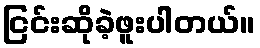
ငြင်းဆိုခဲ့ဖူးပါတယ်။